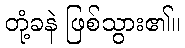
တုံ့ခနဲ ဖြစ်သွား၏။